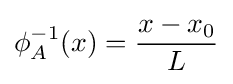
\phi _{A}^{-1}(x)={x-x_{0} \over L}